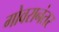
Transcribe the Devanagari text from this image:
गोवरानंतर